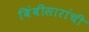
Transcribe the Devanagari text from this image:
बिंबीसारांची